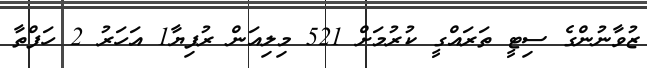
ޒުވާނުންގެ ސިޓީ ތަރައްގީ ކުރުމަށް 521 މިލިއަން ރުފިޔާ1 އަހަރު 2 ހަފްތާ